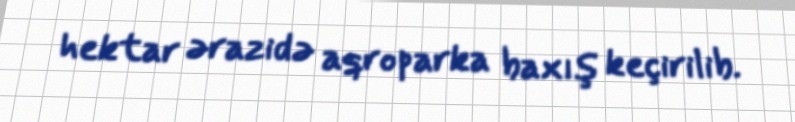
hektar ərazidə aqroparka baxış keçirilib.